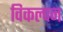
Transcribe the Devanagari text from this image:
विकल्पन